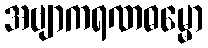
အဗျာကရဏဓမ္မော